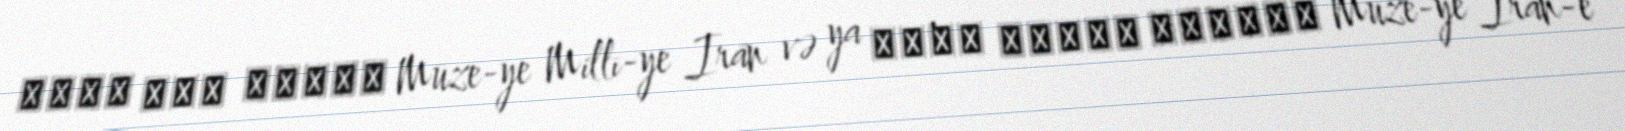
موزه ملي ايران Mūze-ye Millī-ye Irān və ya موزه ایران باستان Muze-ye Irân-e